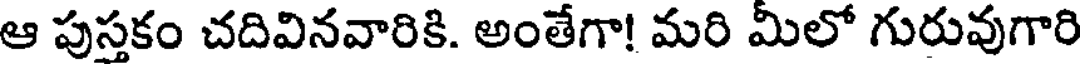
ఆ పుస్తకం చదివినవారికి. అంతేగా! మరి మీలో గురువుగారి